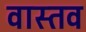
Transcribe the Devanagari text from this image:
वास्तव